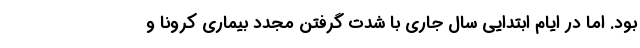
بود. اما در ایام ابتدایی سال جاری با شدت گرفتن مجدد بیماری کرونا و